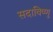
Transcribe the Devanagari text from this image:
सदाविष्णु